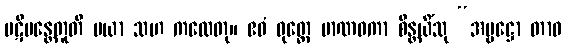
ပဋိမန္တေတူတိ မယာ သဟ ကထေတု။ ဧဝံ ဝုတ္တေ မာဏဝကာ စိန္တယိံသု “အမ္ဗဋ္ဌော တာဝ